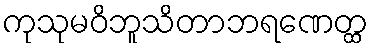
ကုသုမဝိဘူသိတာဘရဏေတ္ထ